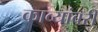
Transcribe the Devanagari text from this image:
काव्यांबरी